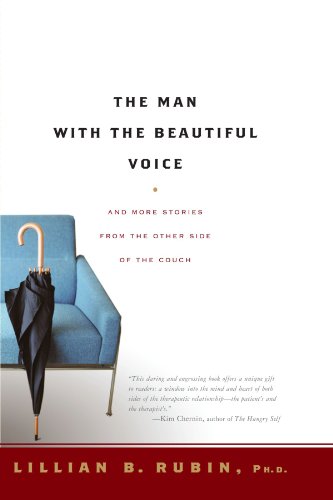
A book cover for The Man with the Beautiful Voice: And More Stories from the Other Side of the Couch; Lillian B. Rubin; Biographies & Memoirs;